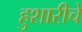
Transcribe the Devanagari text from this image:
हुशारीचे